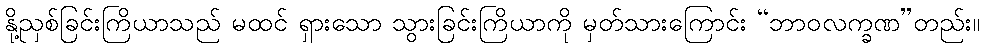
နို့ညှစ်ခြင်းကြိယာသည် မထင် ရှားသော သွားခြင်းကြိယာကို မှတ်သားကြောင်း “ဘာဝလက္ခဏ”တည်း။